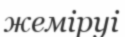
жеміруі